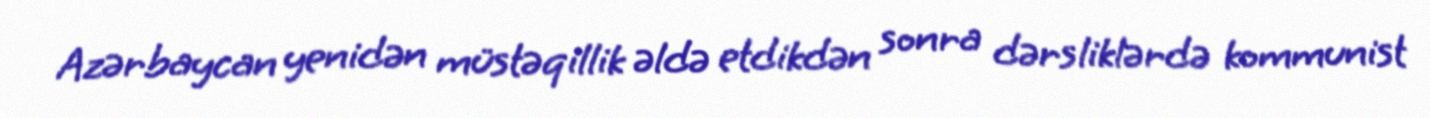
Azərbaycan yenidən müstəqillik əldə etdikdən sonra dərsliklərdə kommunist